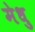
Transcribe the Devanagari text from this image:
मेधु